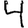
Digit: 4